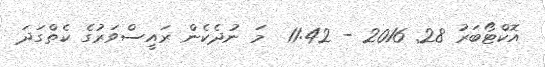
އޮކްޓޯބަރު 28